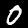
Digit: 0